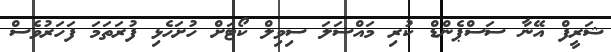
ޝަރީފް އޭނާ ސަސްޕެންޑް ކުރި މައްސަލަ ސިވިލް ކޯޓަށް ހުށަހެޅި ފުރަތަމަ ފަހަރުވެސް